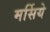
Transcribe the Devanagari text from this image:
मर्सिये